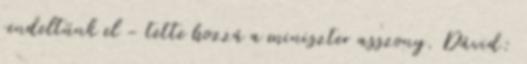
rendeltünk el - tette hozzá a miniszter asszony. Dávid: